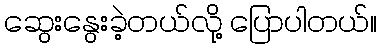
ဆွေးနွေးခဲ့တယ်လို့ ပြောပါတယ်။